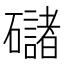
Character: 䃴